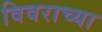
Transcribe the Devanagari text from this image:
विवराच्या